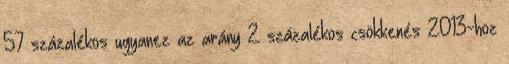
57 százalékos ugyanez az arány 2 százalékos csökkenés 2013-hoz